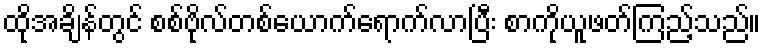
ထိုအချိန်တွင် စစ်ဗိုလ်တစ်ယောက်ရောက်လာပြီး စာကိုယူဖတ်ကြည့်သည်။